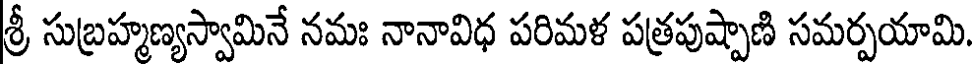
శ్రీ సుబ్రహ్మణ్యస్వామినే నమః నానావిధ పరిమళ పత్రపుష్పాణి సమర్పయామి.